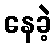
နေခဲ့